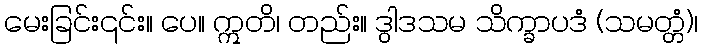
မေးခြင်း၎င်း။ ပေ။ ဣတိ၊ တည်း။ ဒွါဒသမ သိက္ခာပဒံ (သမတ္တံ)၊